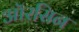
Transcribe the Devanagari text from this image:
ऑरसिन